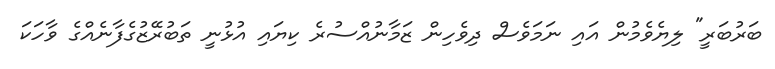
ބަރުބަރީ" ލިޔެވެމުން އައި ނަމަވެސް ދިވެހިން ޒަމާނުއްސުރެ ކިޔައި އުޅުނީ ތަބުރޭޒުގެފާނެއްގެ ވާހަކަ